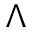
\Lambda